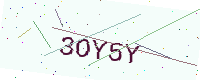
Text: 3OY5Y